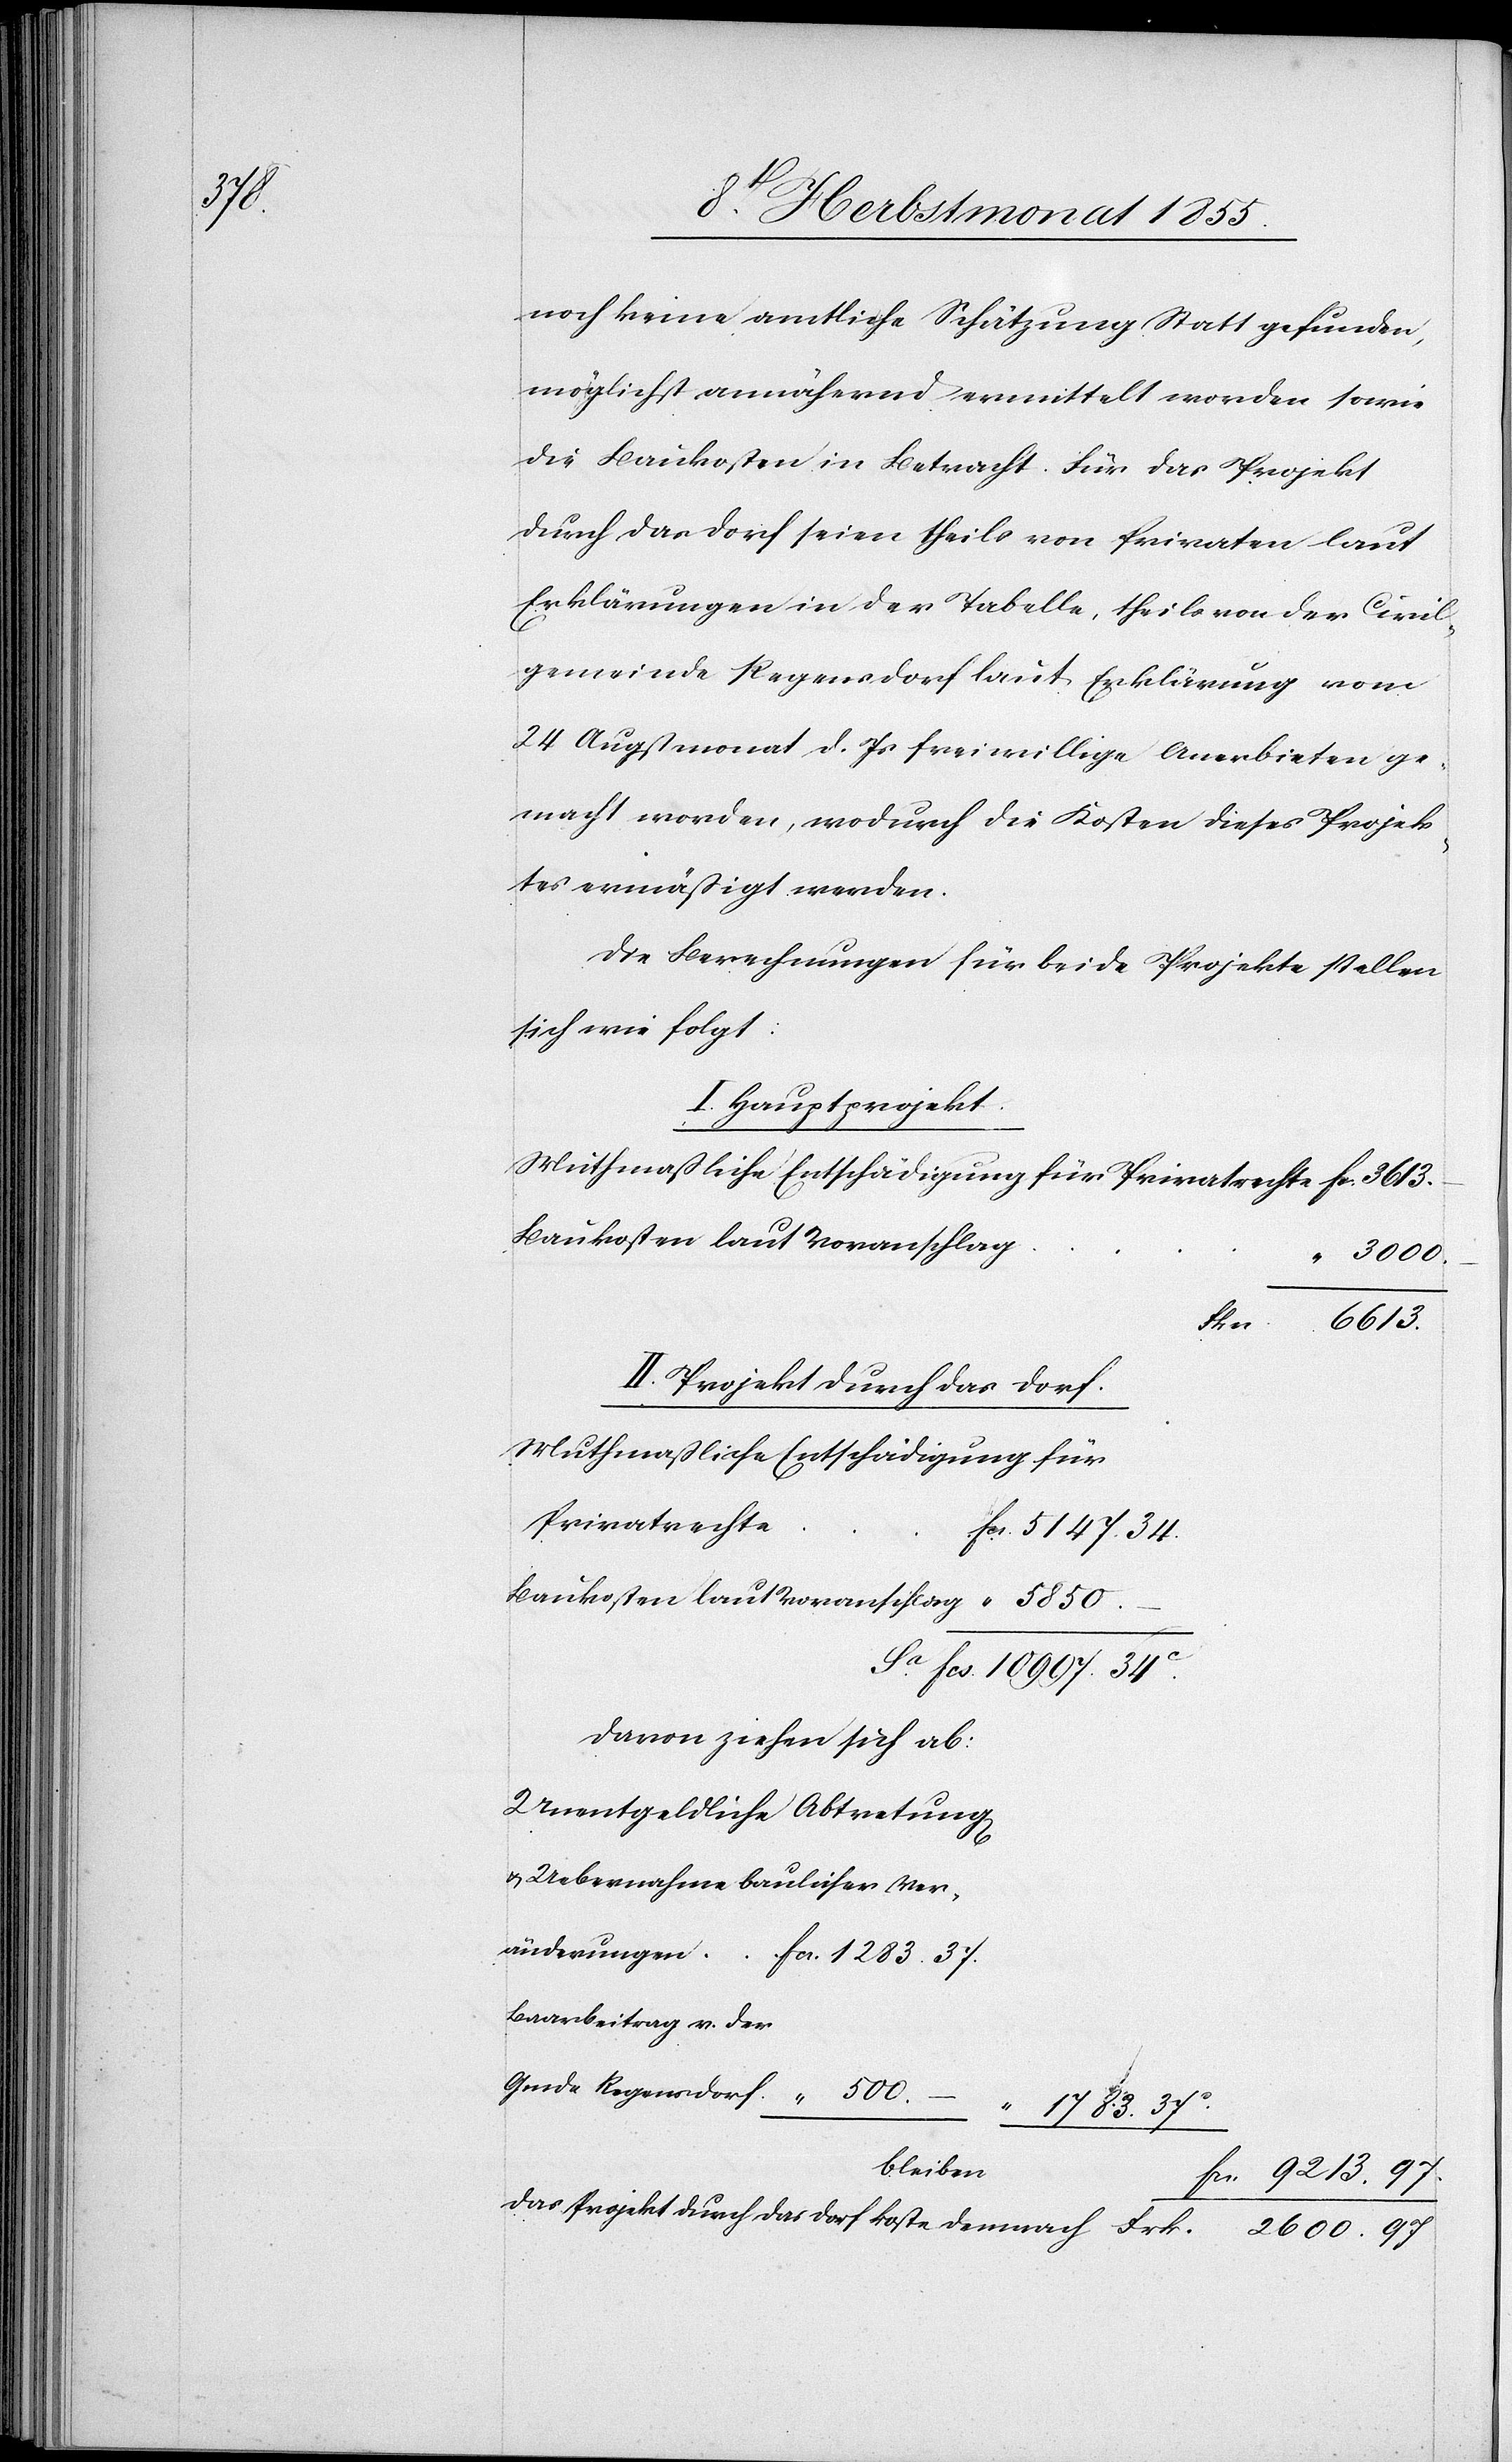
500.

noch keine amtliche Schätzung Statt gefunden,
möglichst annähernd ermittelt worden sowie
die Baukosten in Betracht. Für das Projekt
durch das Dorf seien theils von Privaten laut
Erklärungen in der Tabelle, theils von der Civil¬
gemeinde Regensdorf laut Erklärung vom
24 Augstmonat d. Js freiwillige Anerbieten ge¬
macht worden, wodurch die Kosten dieses Projek¬
tes ermäßigt werden.
Die Berechnungen für beide Projekte stellen
sich wie folgt:
I. Hauptprojekt.
Baukosten laut Voranschlag
2600.
–
6613.
Da¬
s Projekt durch das Dorf
Muthmaßliche Entschädigung für
Privatrechte
Frk.
Fcs. 5147. 34.
Davon ziehen sich ab:
Unentgeldliche Abtretung[en]
& Uebernahme baulicher Ver¬
Baarbeitrag v. der
“ 1783. 37c.
bleiben
Fcs. 9213. 97.